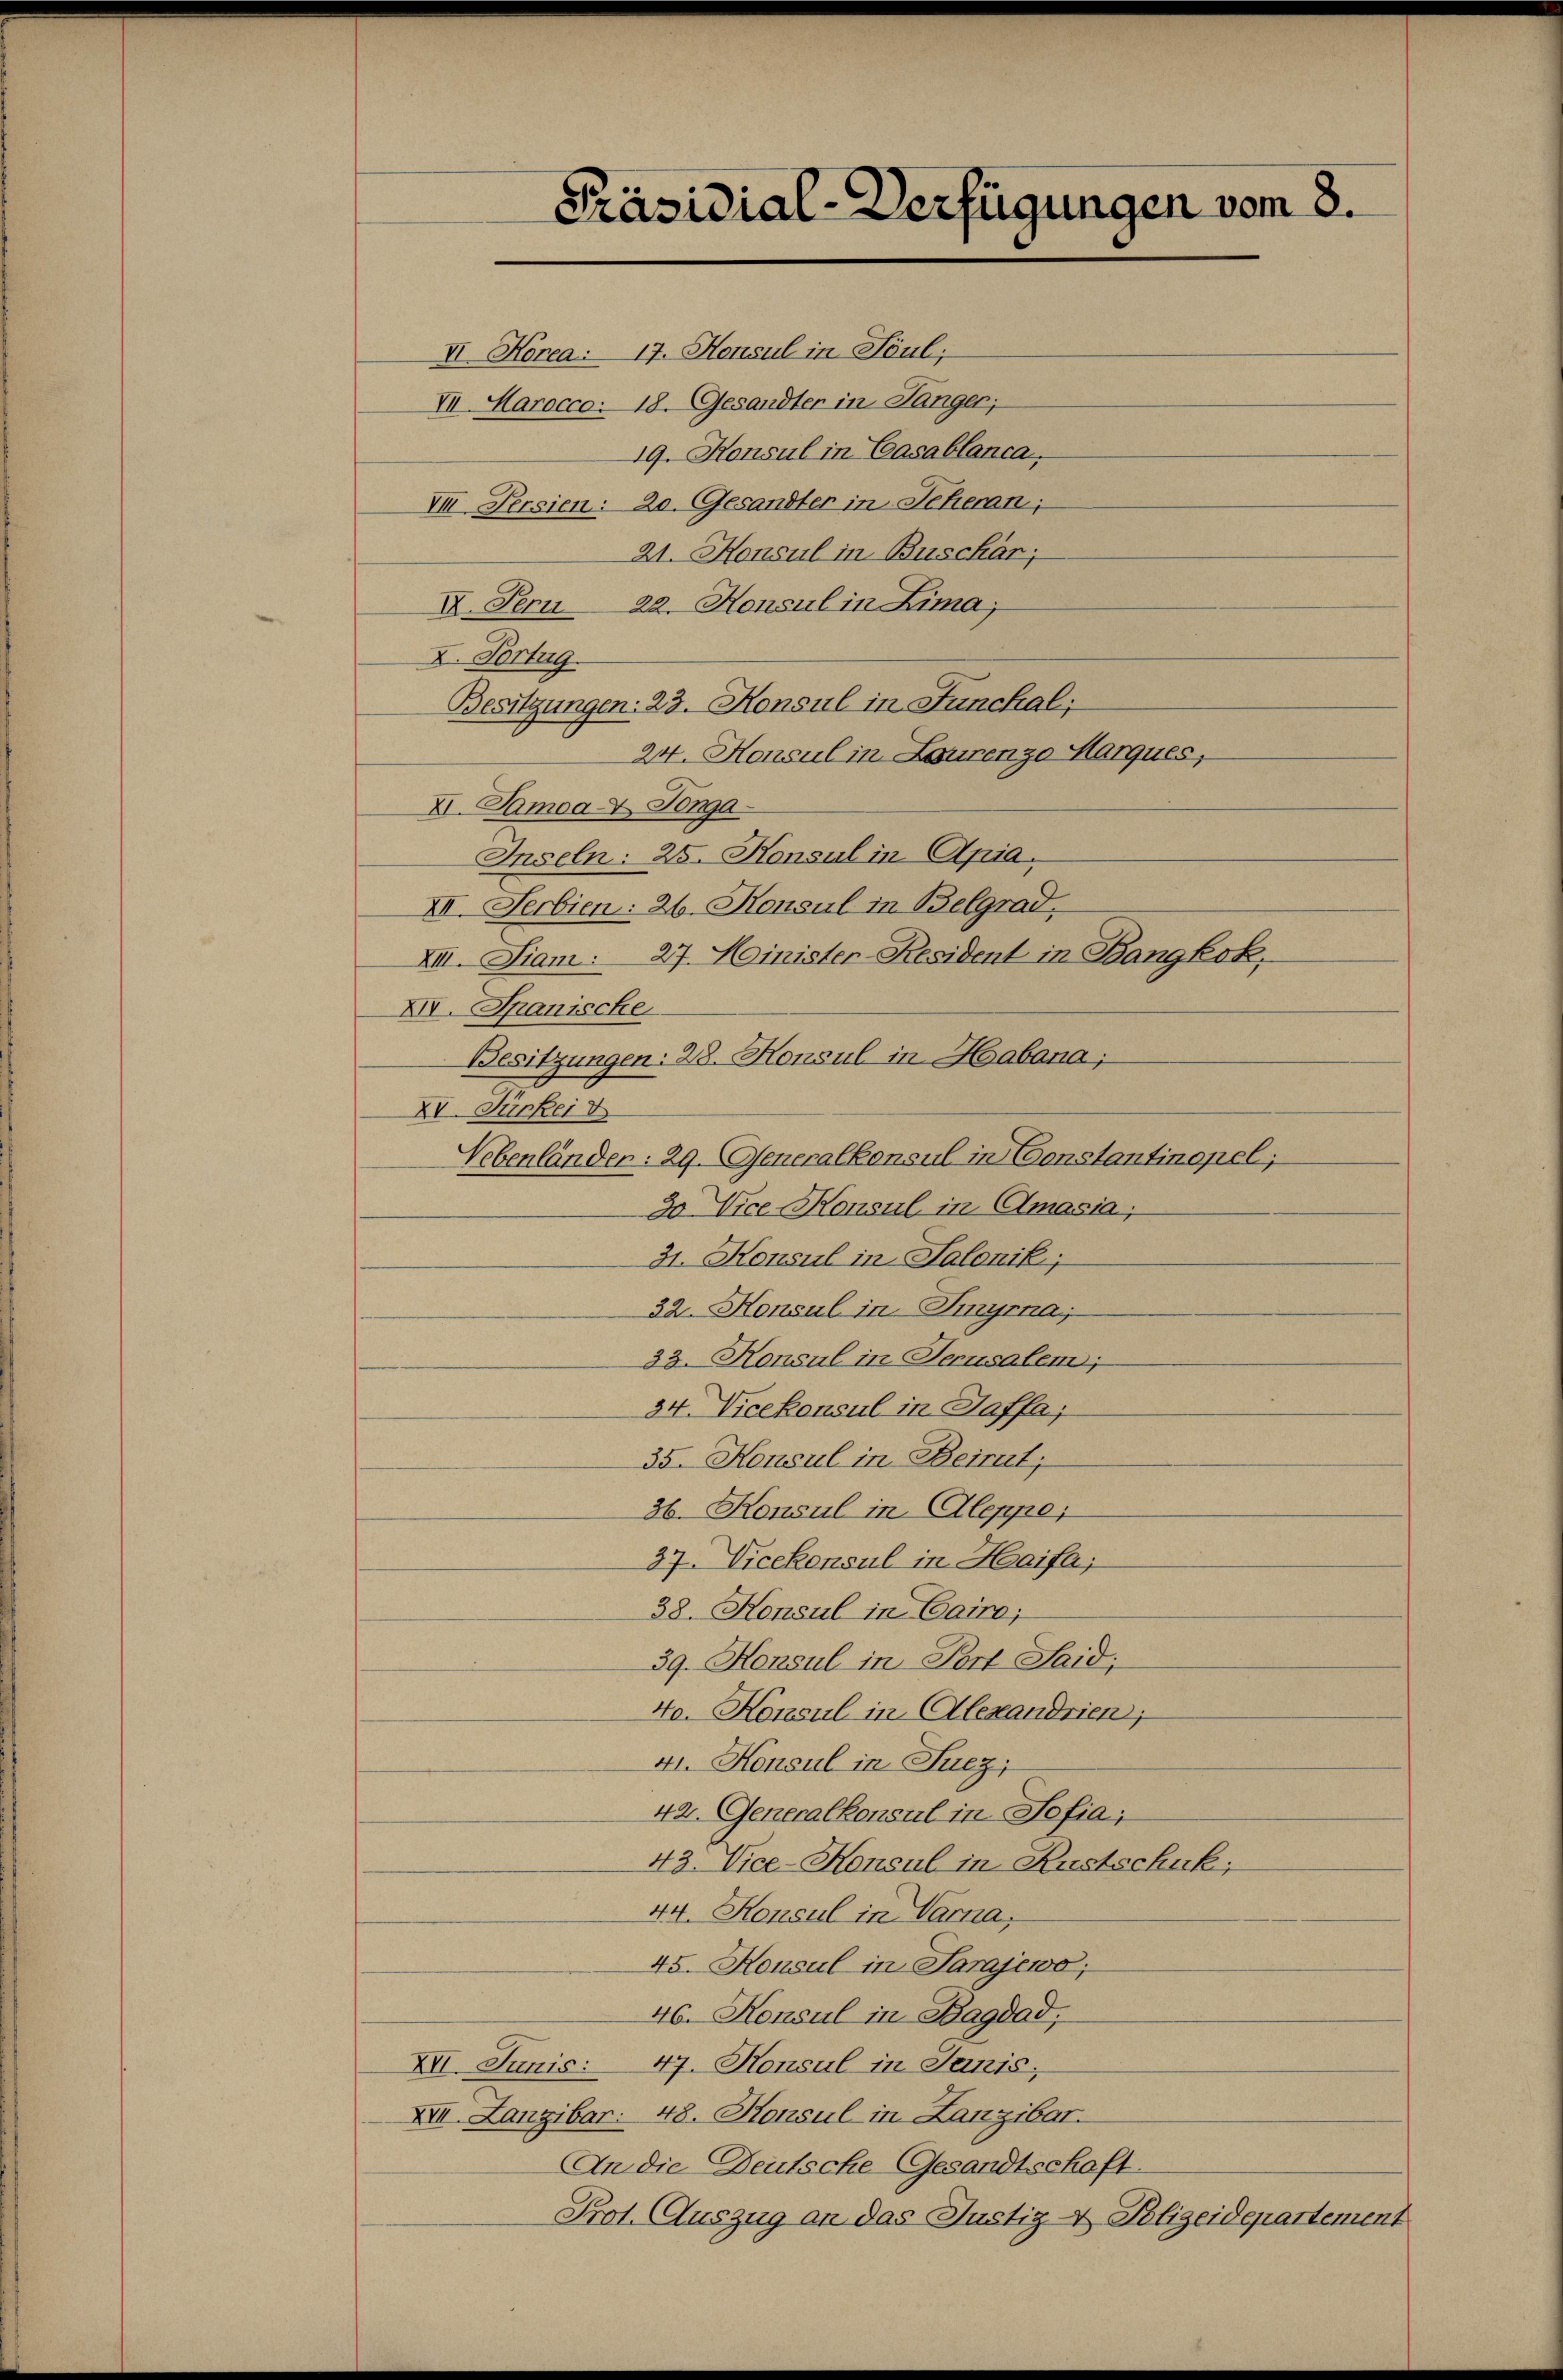
Präsidial-Verfügungen vom 8.
II. Horea: 17. Honsul in Soul;
VII. Marocco: 18. Gesandter in Sänger;

19. Konsul in Casablanca,
VI Persien: 20. Gesandter in Jeheran;
21. Konsul in Buschär;
IV. Pern 22. Honsul in Lima,
I. Fortug.
Besitzungen: 23. Konsul in Funchal;
24. Konsul in Lourenzo Marques,
XI. Damoax Tonga
Inseln: 25. Konsul in Apia
XII. Serbien: 26. Konsul in Belgrad,
XII. Diam: 27. Minister-Resident in Bangkok,
XIV. Spanische
Besitzungen: 28. Honsul in Habana;
XV. Fürkei &
Vebenländen: 29. Generalkonsul in Constantinopel;
3o Vice-Honsul in Amasia,
31. Konsul in Salonik;
32. Konsul in Tinyrna;
33. Konsul in Jerusalem,
34. Vicekonsul in Saffa;
35. Konsul in Beirut;
36. Konsul in Aleppe,
37. Vicekonsul in Haifa;
38. Konsul in Cairo;
39. Konsul in Port Laid,
40. Konsul in Alexandrien,
41. Konsul in Suez;
42. Generalkonsul in Sofia;
43. Vice-Honsul in Kustschuk;
44. Konsul in Varna,
45. Konsul in Sarajewo
46. Konsul in Bagdad,
XVI. Junis: 47. Konsul in Janis,
XVII. Langibar: 48. Konsul in Lanzibar.
An die Deutsche Gesandtschaft.
Prot. Auszug an das Justiz- & Polizeidepartement